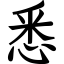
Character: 悉